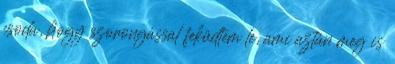
csoda, hogy szorongással feküdtem le, ami aztán meg is